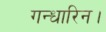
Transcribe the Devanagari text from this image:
गन्धारिन।